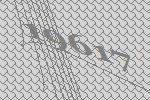
19617